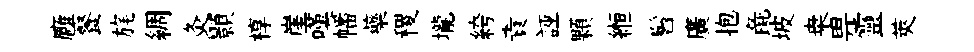
廱餐旄綢灸顥椁崖嘆幡藥稷壠絝責誣顆縆髫廣抱彘坡桒畀靈莢